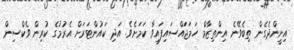
އިށީންދެގެން ތިބެވޭނެ އިންތިޒާމް ހަމަޖަައްސައިފައިވާ ކަމަށެވެ. އަދި ކައުންޓަރަށް އެރުުމުގެ ކުރިން ވެކްސިން